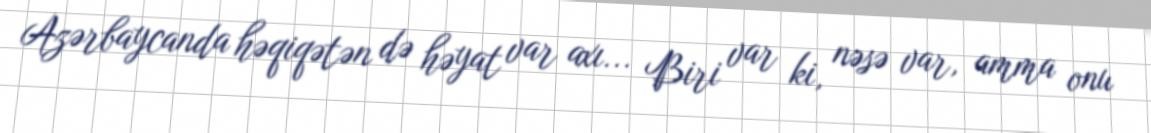
Azərbaycanda həqiqətən də həyat var axı... Biri var ki, nəsə var, amma onu